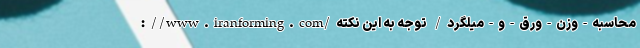
://www.iranforming.com/محاسبه-وزن-ورق-و-میلگرد/ توجّه به این نکته